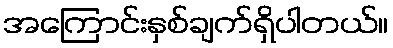
အကြောင်းနှစ်ချက်ရှိပါတယ်။